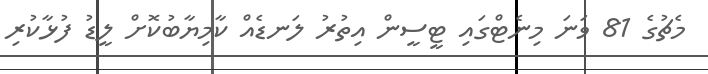
މެޗުގެ 81 ވަނަ މިނެޓްގައި ޓީސީން އިތުރު ލަނޑެއް ކާމިޔާބުކޮށް ލީޑު ފުޅާކުރި